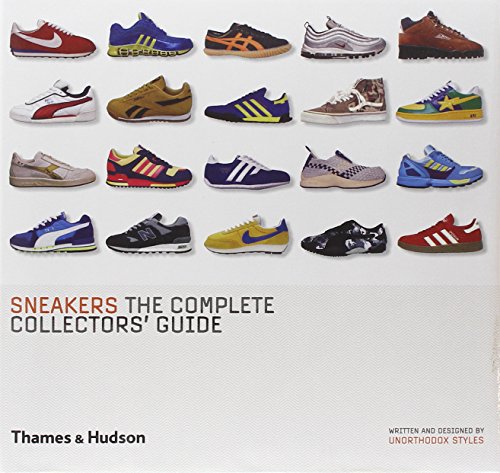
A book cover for Sneakers: The Complete Collectors' Guide; Unorthodox Styles; Arts & Photography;